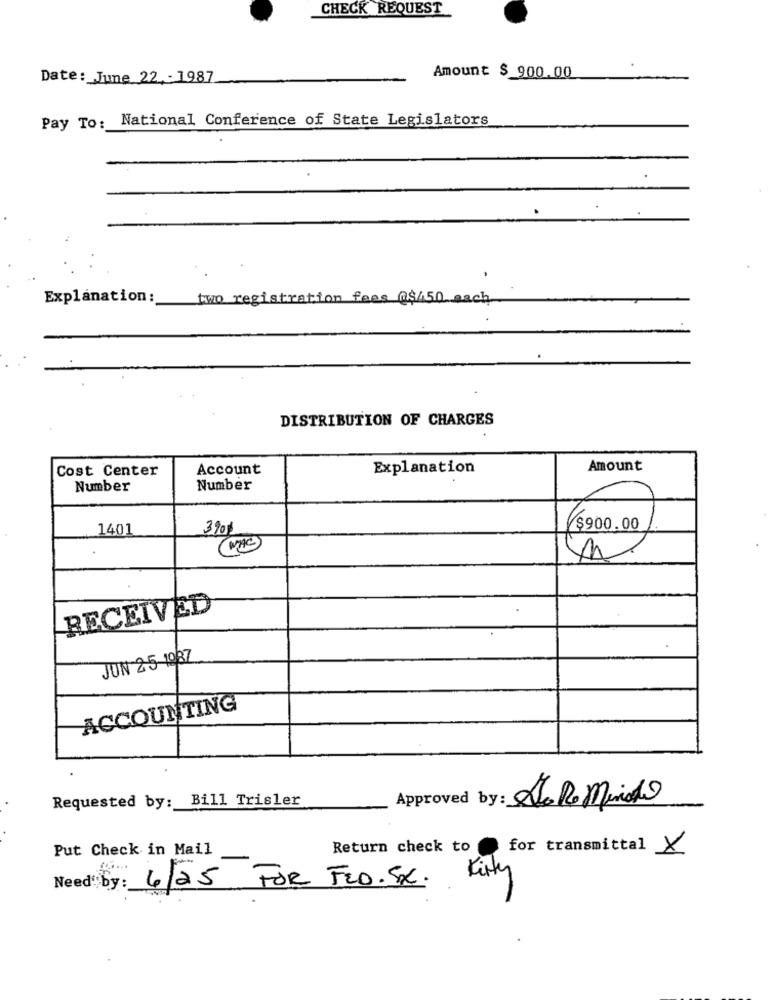
CHECK REQUEST
Date: June 22 - 1987
Amount $ 900.00
Pay To: National Conference of State Legislators
Explanation :
two registration fees @$/50 each
DISTRIBUTION OF CHARGES
Cost Center
Account
Explanation
Amount
Number
Number
1401
390
$90.00
MAG
RECEIVED
JUN 25-1087
ACCOUNTING
Requested by: Bill Trisler
Approved by : Ata Re mendo
Put Check in Mail
Return check to
for transmittal ×
Need by: 4/25 FOR FEO. SX. Kity